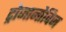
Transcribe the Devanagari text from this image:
ट्रोजानोविज